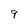
Character: 9